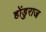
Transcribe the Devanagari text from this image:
होंडुराज